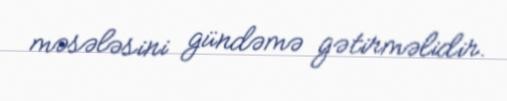
məsələsini gündəmə gətirməlidir.